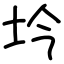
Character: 坅